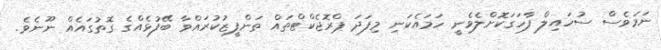
ނަމަވެސް ސުހައިލް ފާހަގަކޮށްލެވެނީ ހަމައެކަނި މިފަދަ ޕްރޮޖެކްޓްތައް ތަންފީޒުކުރައްވާ ބޭފުޅެއްގެ ގޮތުގައެއް ނޫނެވެ.